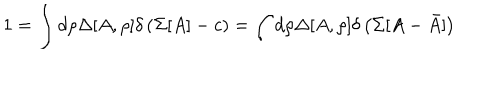
LaTeX: 1 = \int d \rho \Delta [ A , \rho ] \delta \left( \Sigma [ A ] - c \right) = \int d \rho \Delta [ A , \rho ] \delta \left( \Sigma [ A - \bar { A } ] \right)